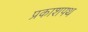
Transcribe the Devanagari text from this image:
प्रकाशपथ